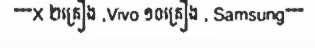
"""X ២គ្រឿង ,Vivo ១០គ្រឿង , Samsung"""